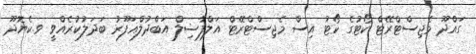
ގައްދޫ މެޖިސްޓްރޭޓް ކޯޓުގެ ކޯޓު އިސް މެޖިސްޓްރޭޓް އަލްފާޟިލް އަބްދުލްޣަފޫރު ބަދަލުކުރެއްވީ ވ.ކެޔޮދޫ